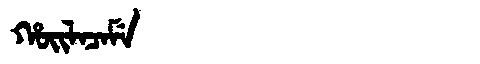
Manchu: ᡥᠣᡳᠯᠠᠴᠠᠮᡝ
Romanization: HOILACAME